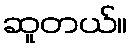
ဆူတယ်။